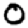
Digit: 0